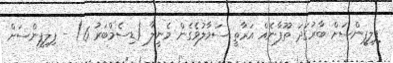
ފިލިޕީންސަށް ބާރުގަދަ ތޫފާނެއް އަރާތީ ސަމާލުވެގެން މެނީލާ (ޑިސެމްބަރު 6) - ފިލިޕީންސަށް